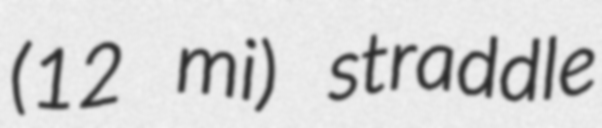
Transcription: (12 mi) straddle